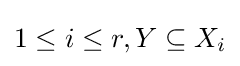
1\leq i\leq r,Y\subseteq X_{i}